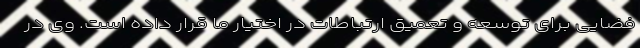
فضایی برای توسعه و تعمیق ارتباطات در اختیار ما قرار داده است. وی در